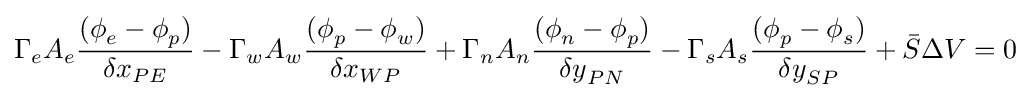
{\Gamma {}}_{e}A_{e}{\frac {({\phi {}}_{e}-{\phi {}}_{p})}{{\delta {}x}_{PE}}}-{\Gamma {}}_{w}A_{w}{\frac {({\phi {}}_{p}-{\phi {}}_{w})}{{\delta {}x}_{WP}}}+{\Gamma {}}_{n}A_{n}{\frac {({\phi {}}_{n}-{\phi {}}_{p})}{{\delta {}y}_{PN}}}-{\Gamma {}}_{s}A_{s}{\frac {({\phi {}}_{p}-{\phi {}}_{s})}{{\delta {}y}_{SP}}}+{\bar {S}}\Delta {}V=0